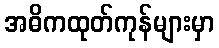
အဓိကထုတ်ကုန်များမှာ